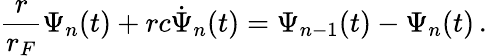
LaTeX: \frac{r}{r_{F}}\Psi_{n}(t)+rc\dot{\Psi}_{n}(t)=\Psi_{n-1}(t)-\Psi_{n}(t)\, .